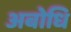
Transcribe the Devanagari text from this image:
अबोधि